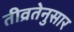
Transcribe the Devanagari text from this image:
तीव्रतेनुसार